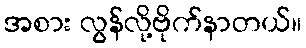
အစား လွန်လို့ဗိုက်နာတယ်။